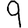
Digit: 9